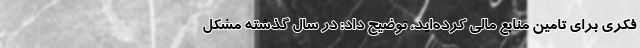
فکری برای تامین منابع مالی کرده‌اید، توضیح داد: در سال گذشته مشکل